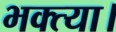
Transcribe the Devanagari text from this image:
भक्त्या।